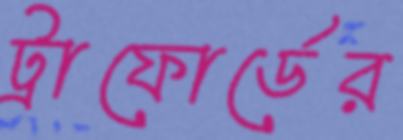
ট্রাফোর্ডের